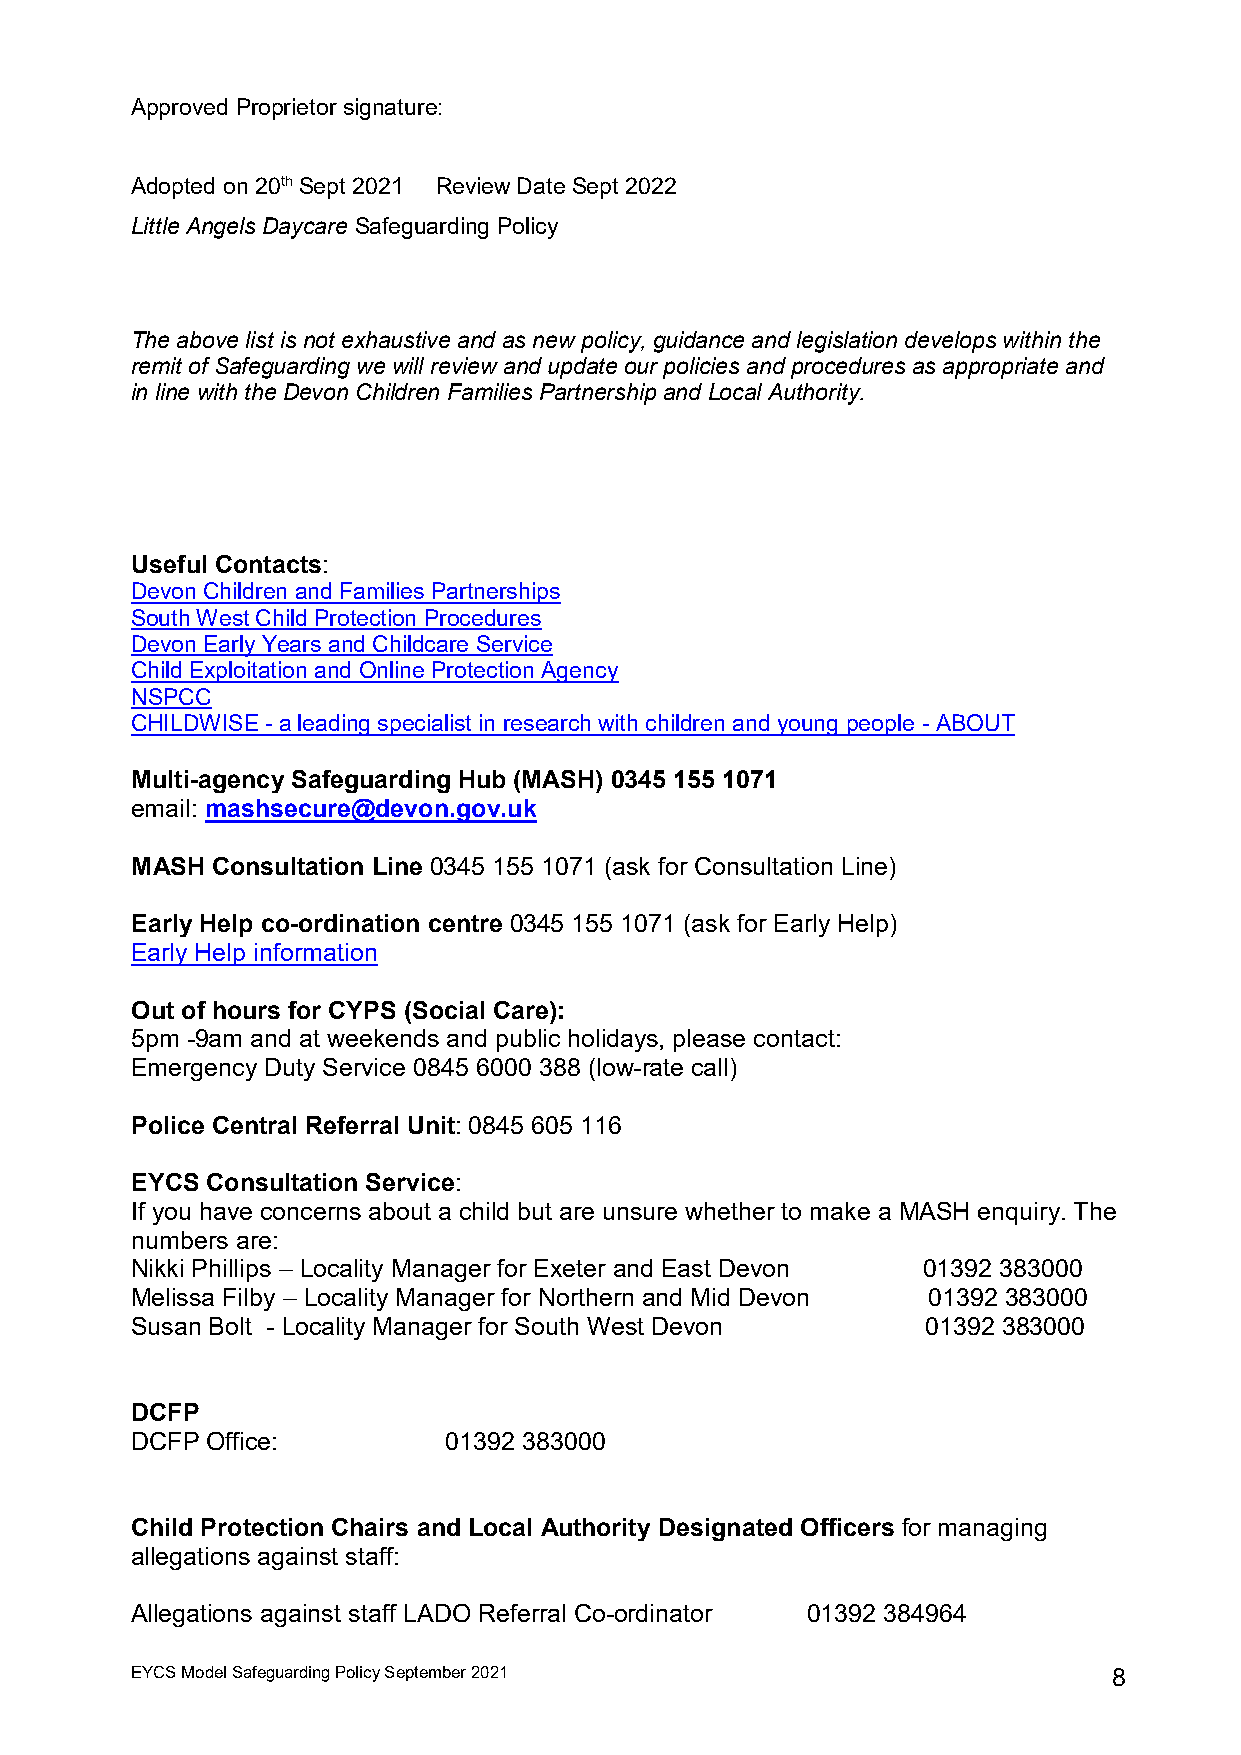
Approved Proprietor signature:
 Adopted on 20th Sept 2021 Review Date Sept 2022
 Little Angels Daycare Safeguarding Policy
 The above list is not exhaustive and as new policy, guidance and legislation develops within the
 remit of Safeguarding we will review and update our policies and procedures as appropriate and
 in line with the Devon Children Families Partnership and Local Authority.
 Useful Contacts:
 Devon Children and Families Partnerships
 South West Child Protection Procedures
 Devon Early Years and Childcare Service
 Child Exploitation and Online Protection Agency
 NSPCC
 CHILDWISE - a leading specialist in research with children and young people - ABOUT
 Multi-agency Safeguarding Hub (MASH) 0345 155 1071
 email: mashsecure@devon.gov.uk
 MASH Consultation Line 0345 155 1071 (ask for Consultation Line)
 Early Help co-ordination centre 0345 155 1071 (ask for Early Help)
 Early Help information
 Out of hours for CYPS (Social Care):
 5pm -9am and at weekends and public holidays, please contact:
 Emergency Duty Service 0845 6000 388 (low-rate call)
 Police Central Referral Unit: 0845 605 116
 EYCS Consultation Service:
 If you have concerns about a child but are unsure whether to make a MASH enquiry. The
 numbers are:
 Nikki Phillips – Locality Manager for Exeter and East Devon 01392 383000
 Melissa Filby – Locality Manager for Northern and Mid Devon 01392 383000
 Susan Bolt - Locality Manager for South West Devon  01392 383000
 DCFP
 DCFP Office:        01392 383000
 Child Protection Chairs and Local Authority Designated Officers for managing
 allegations against staff:
 Allegations against staff LADO Referral Co-ordinator 01392 384964
 EYCS Model Safeguarding Policy September 2021                    8